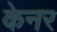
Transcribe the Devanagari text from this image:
केनर